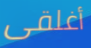
أغلقى